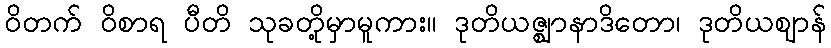
ဝိတက် ဝိစာရ ပီတိ သုခတို့မှာမူကား။ ဒုတိယဇ္ဈာနာဒိတော၊ ဒုတိယဈာန်